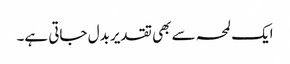
ایک لمحہ سے بھی تقدیر بدل جاتی ہے۔